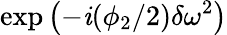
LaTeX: \exp{\left(-\mathit{i}(\phi_{2}/2)\delta\omega^{2}\right)}